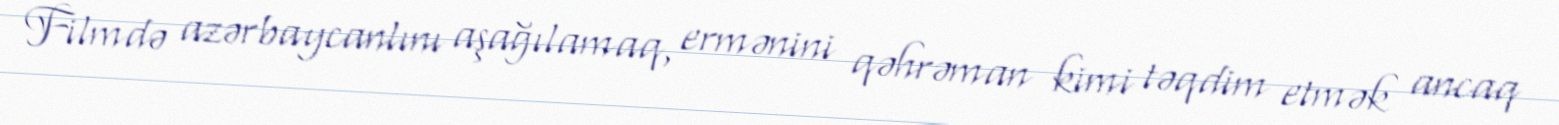
Filmdə azərbaycanlını aşağılamaq, ermənini qəhrəman kimi təqdim etmək ancaq